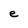
Character: e